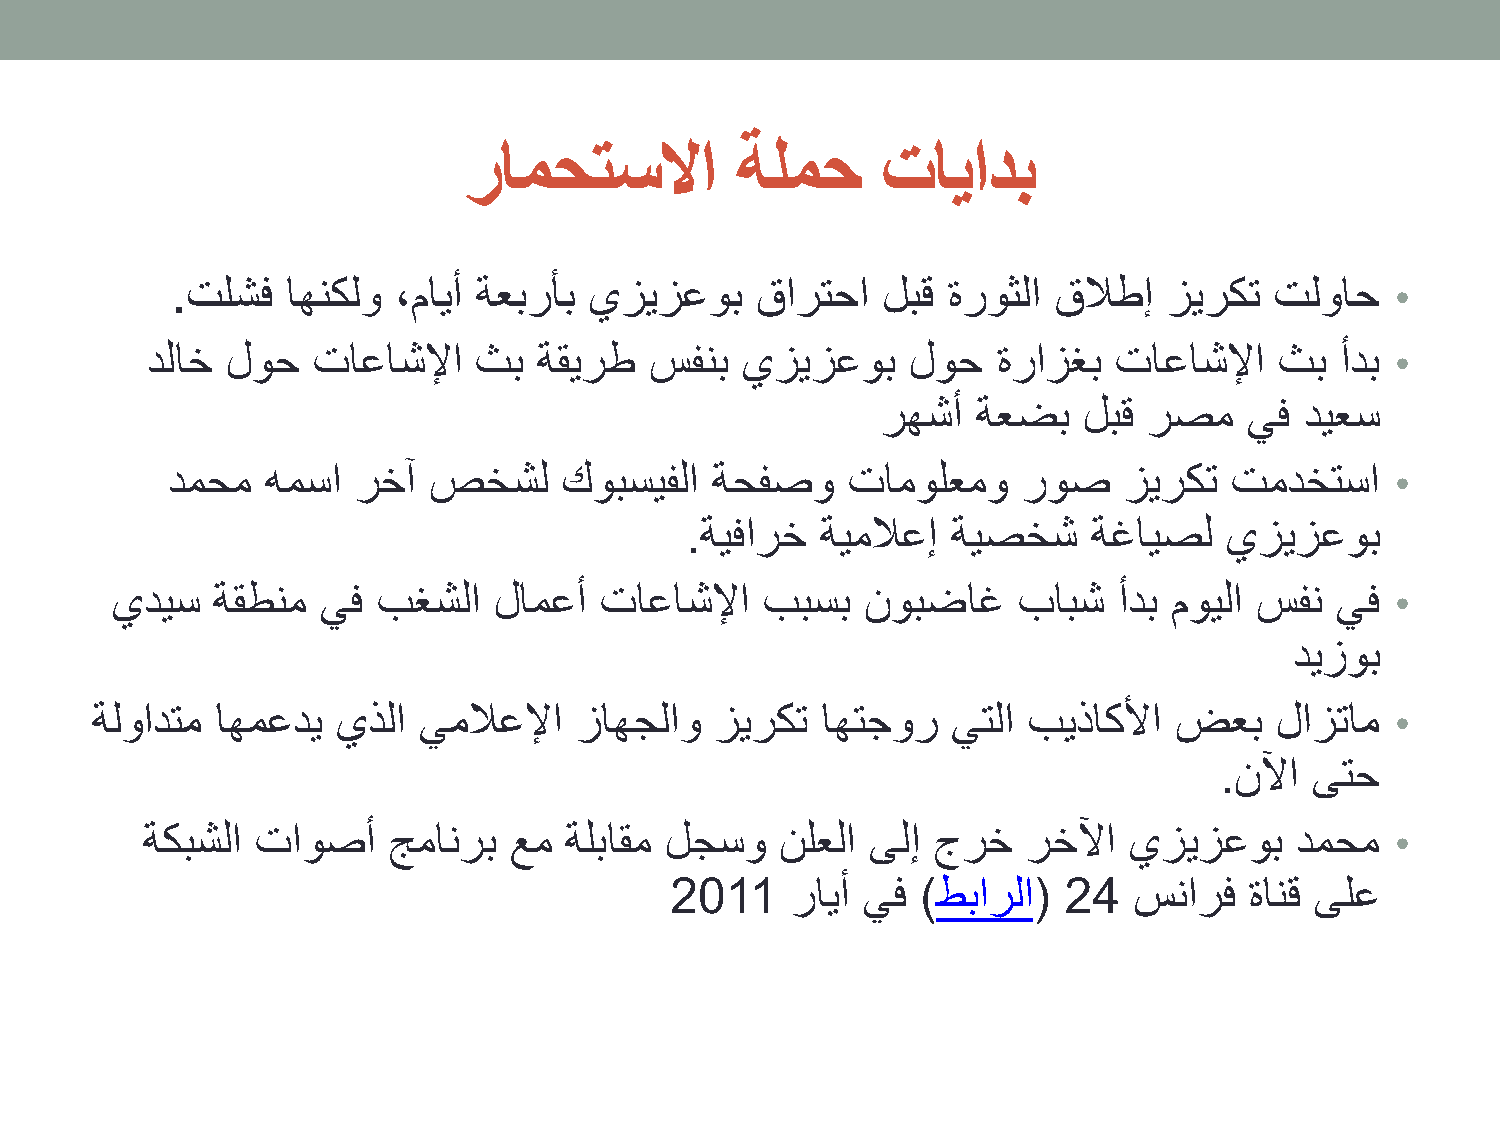
رامحتسلاا         ةلمح     تايادب
 .تلشف   اهنكلو ،مايأ ةعبرأب يزيزعوب    قارتحا  لبق  ةروثلا قلاطإ  زيركت  تلواح   •
 دلاخ لوح   تاعاشلإا   ثب  ةقيرط  سفنب  يزيزعوب    لوح   ةرازغب  تاعاشلإا   ثب  أدب •
 رهشأ   ةعضب   لبق رصم    يف ديعس
 دمحم   همسا  رخآ صخشل     كوبسيفلا  ةحفصو    تامولعمو    روص   زيركت   تمدختسا   •
 .ةيفارخ  ةيملاعإ  ةيصخش    ةغايصل   يزيزعوب
 يديس   ةقطنم  يف  بغشلا   لامعأ  تاعاشلإا   ببسب  نوبضاغ    بابش   أدب مويلا سفن يف  •
 ديزوب
 ةلوادتم اهمعدي  يذلا  يملاعلإا  زاهجلاو  زيركت  اهتجور   يتلا بيذاكلأا  ضعب   لازتام  •
 .نلآا ىتح
 ةكبشلا تاوصأ    جمانرب  عم ةلباقم لجسو    نلعلا ىلإ جرخ   رخلآا  يزيزعوب    دمحم  •
 2011    رايأ يف  )طبارلا( 24   سنارف   ةانق ىلع